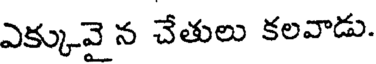
ఎక్కువై న చేతులు కలవాడు.